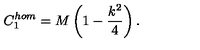
C _ { 1 } ^ { h o m } = M \left( 1 - \frac { k ^ { 2 } } { 4 } \right) .